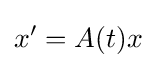
x'=A(t)x